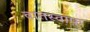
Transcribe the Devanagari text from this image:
व्रातस्वाफ़